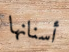
أسنانها